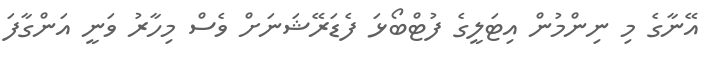
އޭނާގެ މި ނިންމުން އިޓަލީގެ ފުޓްބޯޅަ ފެޑަރޭޝަނަށް ވެސް މިހާރު ވަނީ އަންގާފަ